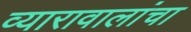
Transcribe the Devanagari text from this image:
व्यारावालांचा